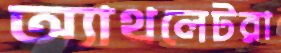
অ্যাথলেটরা